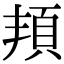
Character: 𩑚